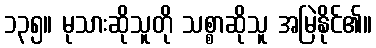
၁၃၅။ မုသားဆိုသူတို သစ္စာဆိုသူ အမြဲနိုင်၏။